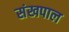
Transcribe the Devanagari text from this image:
संखपाल